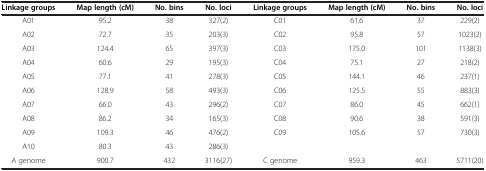
<table><thead><tr><td><b>Linkage groups</b></td><td><b>Map length (cM)</b></td><td><b>No. bins</b></td><td><b>No. loci</b></td><td><b>Linkage groups</b></td><td><b>Map length (cM)</b></td><td><b>No. bins</b></td><td><b>No. loci</b></td></tr></thead><tbody><tr><td>A01</td><td>95.2</td><td>38</td><td>327(2)</td><td>C01</td><td>61.6</td><td>37</td><td>229(2)</td></tr><tr><td>A02</td><td>72.7</td><td>35</td><td>203(3)</td><td>C02</td><td>95.8</td><td>57</td><td>1023(2)</td></tr><tr><td>A03</td><td>124.4</td><td>65</td><td>397(3)</td><td>C03</td><td>175.0</td><td>101</td><td>1138(3)</td></tr><tr><td>A04</td><td>60.6</td><td>29</td><td>195(3)</td><td>C04</td><td>75.1</td><td>27</td><td>218(2)</td></tr><tr><td>A05</td><td>77.1</td><td>41</td><td>278(3)</td><td>C05</td><td>144.1</td><td>46</td><td>237(1)</td></tr><tr><td>A06</td><td>128.9</td><td>58</td><td>493(3)</td><td>C06</td><td>125.5</td><td>55</td><td>883(3)</td></tr><tr><td>A07</td><td>66.0</td><td>43</td><td>296(2)</td><td>C07</td><td>86.0</td><td>45</td><td>662(1)</td></tr><tr><td>A08</td><td>86.2</td><td>34</td><td>165(3)</td><td>C08</td><td>90.6</td><td>38</td><td>591(3)</td></tr><tr><td>A09</td><td>109.3</td><td>46</td><td>476(2)</td><td>C09</td><td>105.6</td><td>57</td><td>730(3)</td></tr><tr><td>A10</td><td>80.3</td><td>43</td><td>286(3)</td><td> </td><td> </td><td> </td><td> </td></tr><tr><td>A genome</td><td>900.7</td><td>432</td><td>3116(27)</td><td>C genome</td><td>959.3</td><td>463</td><td>5711(20)</td></tr></tbody></table>